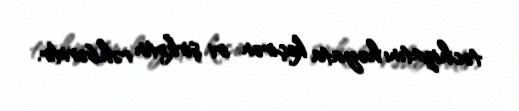
təchizatını həyata keçirən iri şirkətin rəhbəridir.